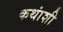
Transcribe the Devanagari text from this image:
कथांशी